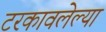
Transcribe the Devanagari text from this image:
टरकावलेल्या